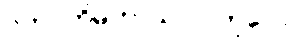
ဂဟပတိမဟာသာလကုလေ